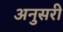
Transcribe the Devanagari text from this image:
अनुसरी